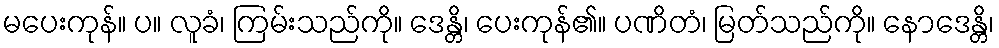
မပေးကုန်။ ပ။ လူခံ၊ ကြမ်းသည်ကို။ ဒေန္တိ၊ ပေးကုန်၏။ ပဏိတံ၊ မြတ်သည်ကို။ နောဒေန္တိ၊